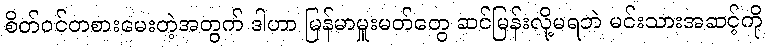
စိတ်ဝင်တစားမေးတဲ့အတွက် ဒါဟာ မြန်မာမှူးမတ်တွေ ဆင်မြန်းလို့မရဘဲ မင်းသားအဆင့်ကို